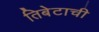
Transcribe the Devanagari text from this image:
तिबेटाची